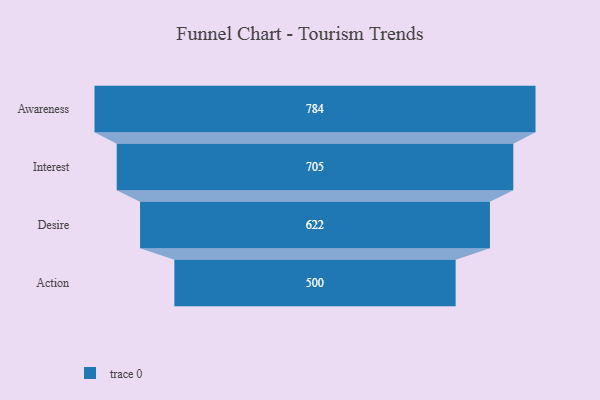
{"axis": {"x": "Stage", "y": "Value"}, "legend": [""], "data": [{"x": "Awareness", "y": 784.0, "type": ""}, {"x": "Interest", "y": 705.0, "type": ""}, {"x": "Desire", "y": 622.0, "type": ""}, {"x": "Action", "y": 500, "type": ""}]}